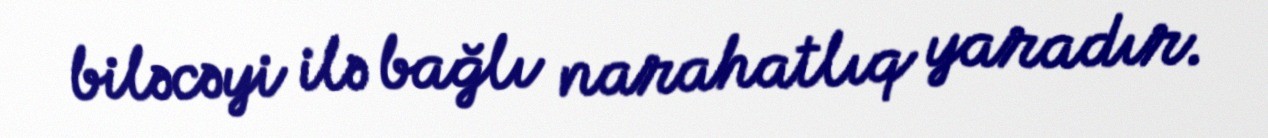
biləcəyi ilə bağlı narahatlıq yaradır.